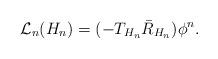
LaTeX: \begin{align*} {\cal L}_{n}(H_n)=(-T_{H_n}\bar{R}_{H_n})\phi ^n .\end{align*}